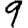
Digit: 9